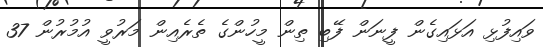
ވައިފުޅި އަޅައިގެން ފީނަން ފޭބި ތިން މީހުންގެ ތެރެއިން މަރުވީ އުމުރުން 37